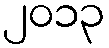
၂၀၁၃